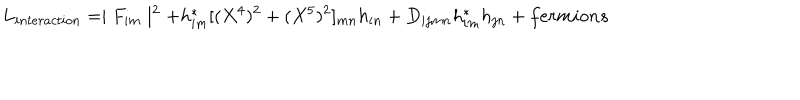
LaTeX: L _ { i n t e r a c t i o n } = \mid F _ { i m } \mid ^ { 2 } + h _ { i m } ^ { \ast } [ ( X ^ { 4 } ) ^ { 2 } + ( X ^ { 5 } ) ^ { 2 } ] _ { m n } h _ { i n } + D _ { i j m n } h _ { i m } ^ { \ast } h _ { j n } + f e r m i o n s